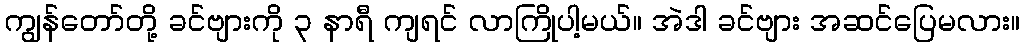
ကျွန်တော်တို့ ခင်ဗျားကို ၃ နာရီ ကျရင် လာကြိုပါ့မယ်။ အဲဒါ ခင်ဗျား အဆင်ပြေမလား။